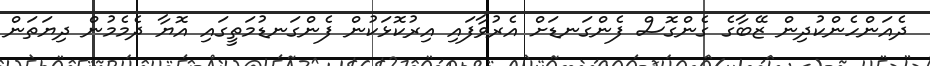
ދެއަންހެންކުދިން ޒޭބާގެ ގެންގޮސް ފެންގަނޑަށް އެރުވާފައި އިރުކޮޅަކުން ފެންގަނޑުމަތީގައި އޮޔާ ދެމެމުން ދިޔަތަން